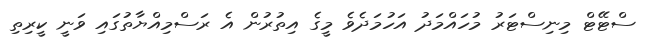
ސްޓޭޓް މިނިސްޓަރު މުހައްމަދު އަހުމަދެވެ މީގެ އިތުރުން އެ ރަސްމިއްޔާތުގައި ވަނީ ކީރިތި